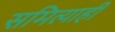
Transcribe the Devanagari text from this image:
समित्याही